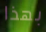
بهذا